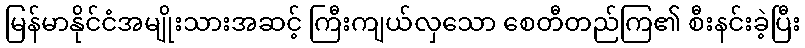
မြန်မာနိုင်ငံအမျိုးသားအဆင့် ကြီးကျယ်လှသော စေတီတည်ကြ၏ စီးနင်းခဲ့ပြီး